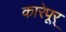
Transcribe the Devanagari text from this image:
कारेपूर्